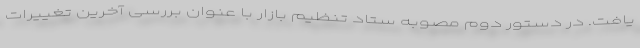
یافت. در دستور دوم مصوبه ستاد تنظیم بازار با عنوان بررسی آخرین تغییرات